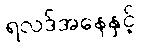
ရလဒ်အနေနှင့်